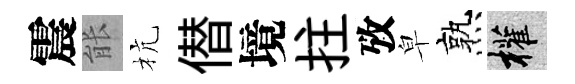
震䏻杭僣境拄攷皁熟權